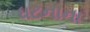
ધટનાના